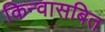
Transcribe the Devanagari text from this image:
किन्वासबित